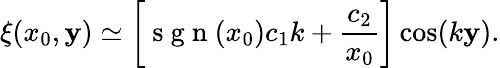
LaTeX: \xi(x_{0},\mathbf{y})\simeq\left[\mathrm{{~s~g~n~}}(x_{0})c_{1}k+\frac{{c_{2}}}{{x_{0}}}\right]\cos(k\mathbf{y}).